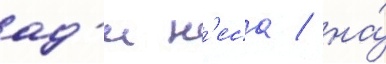
ад'и н'еса / на́